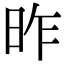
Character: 昨